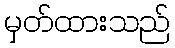
မှတ်ထားသည်